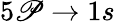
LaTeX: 5\mathscr{P}\to1s